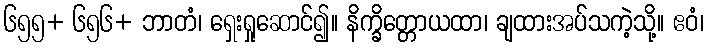
၆၅၅+ ၆၅၆+ ဘာတံ၊ ရှေးရှုဆောင်၍။ နိက္ခိတ္တောယထာ၊ ချထားအပ်သကဲ့သို့။ ဧဝံ၊